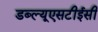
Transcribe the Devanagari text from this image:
डब्ल्यूएसटीईसी